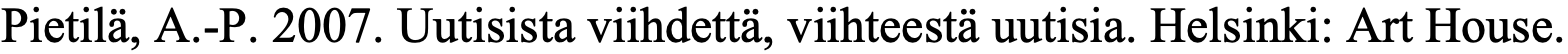
Pietilä, A.-P. 2007. Uutisista viihdettä, viihteestä uutisia. Helsinki: Art House.